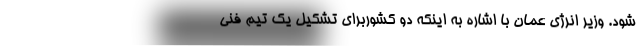
شود. وزیر انرژی عمان با اشاره به اینکه دو کشوربرای تشکیل یک تیم فنی